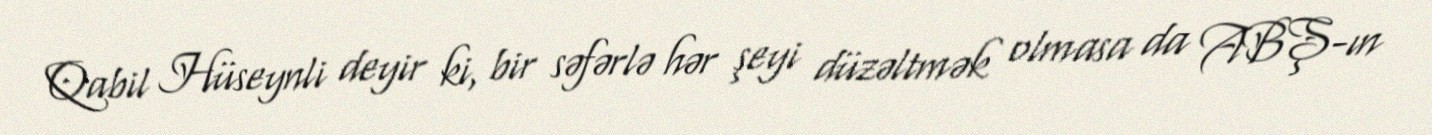
Qabil Hüseynli deyir ki, bir səfərlə hər şeyi düzəltmək olmasa da ABŞ-ın